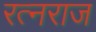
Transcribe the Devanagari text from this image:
रत्नराज